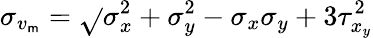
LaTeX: {\sigma_{v_{\mathsf{m}}}}=\sqrt{}{{\sigma_{x}^{2}+\sigma_{y}^{2}-\sigma_{x}\sigma_{y}+3\tau_{x_{y}}^{2}}}